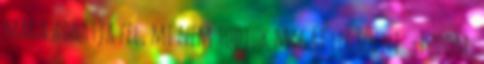
maga adhatja fel, mi nem tudjuk magát legyőzni. -Tudom,